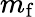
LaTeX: m_{\mathrm{f}}